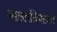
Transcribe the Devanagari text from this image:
नालबंदियानने